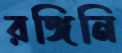
রঙ্গিনি